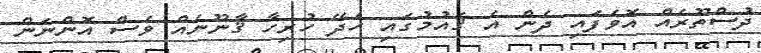
ދުސްތޫރެއް އޮވެފައި ދެން އެ ޤައުމުގައި ހެދޭ ހުރިހާ ޤާނޫނެއް ވެސް އޮންނަން